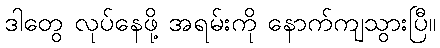
ဒါတွေ လုပ်နေဖို့ အရမ်းကို နောက်ကျသွားပြီ။